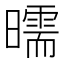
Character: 曘